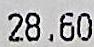
28.60